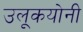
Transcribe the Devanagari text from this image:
उलूकयोनी